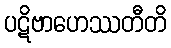
ပဋိဗာဟေဿတီတိ